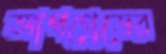
আপগ্রেডের